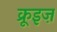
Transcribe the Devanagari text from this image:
क्रूइज़